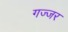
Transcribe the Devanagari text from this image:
गज्जर